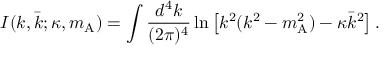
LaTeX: I ( k , \bar { k } ; \kappa , m _ { \mathrm { A } } ) = \int \frac { d ^ { 4 } k } { ( 2 \pi ) ^ { 4 } } \ln \left[ k ^ { 2 } ( k ^ { 2 } - m _ { \mathrm { A } } ^ { 2 } ) - \kappa \bar { k } ^ { 2 } \right] .